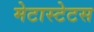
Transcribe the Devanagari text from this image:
मेटास्टेटस